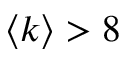
\langle k \rangle > 8